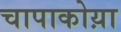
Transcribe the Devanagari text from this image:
चापाकोय़ा